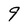
Character: 9